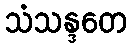
သံသန္ဒတေ